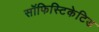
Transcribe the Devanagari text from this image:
सॉफिस्टिकेटिड